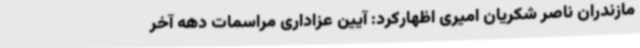
مازندران ناصر شکریان امیری اظهارکرد: آیین عزاداری مراسمات دهه آخر